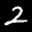
Label: 2